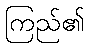
ကြည်၏